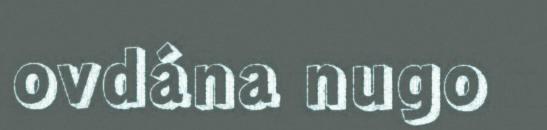
ovdána nugo